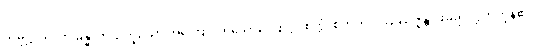
သမုဋ္ဌာယ၊ ဤခန္ဓာကိုယ်ဟူသော အကြောင်းရှိသောကြောင့်။ စိတ္တံ၊ စိတ်ကို။ ဩဿဇ္ဇန္တိ၊ ဖမ်း၍လွှတ်ကုန်၏။